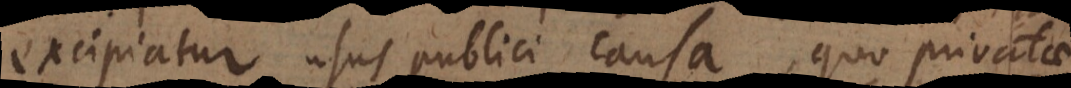
excipiatur usus publici causa, quo privatae